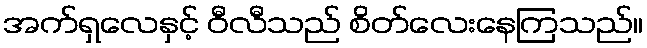
အက်ရှလေနှင့် ဝီလီသည် စိတ်လေးနေကြသည်။